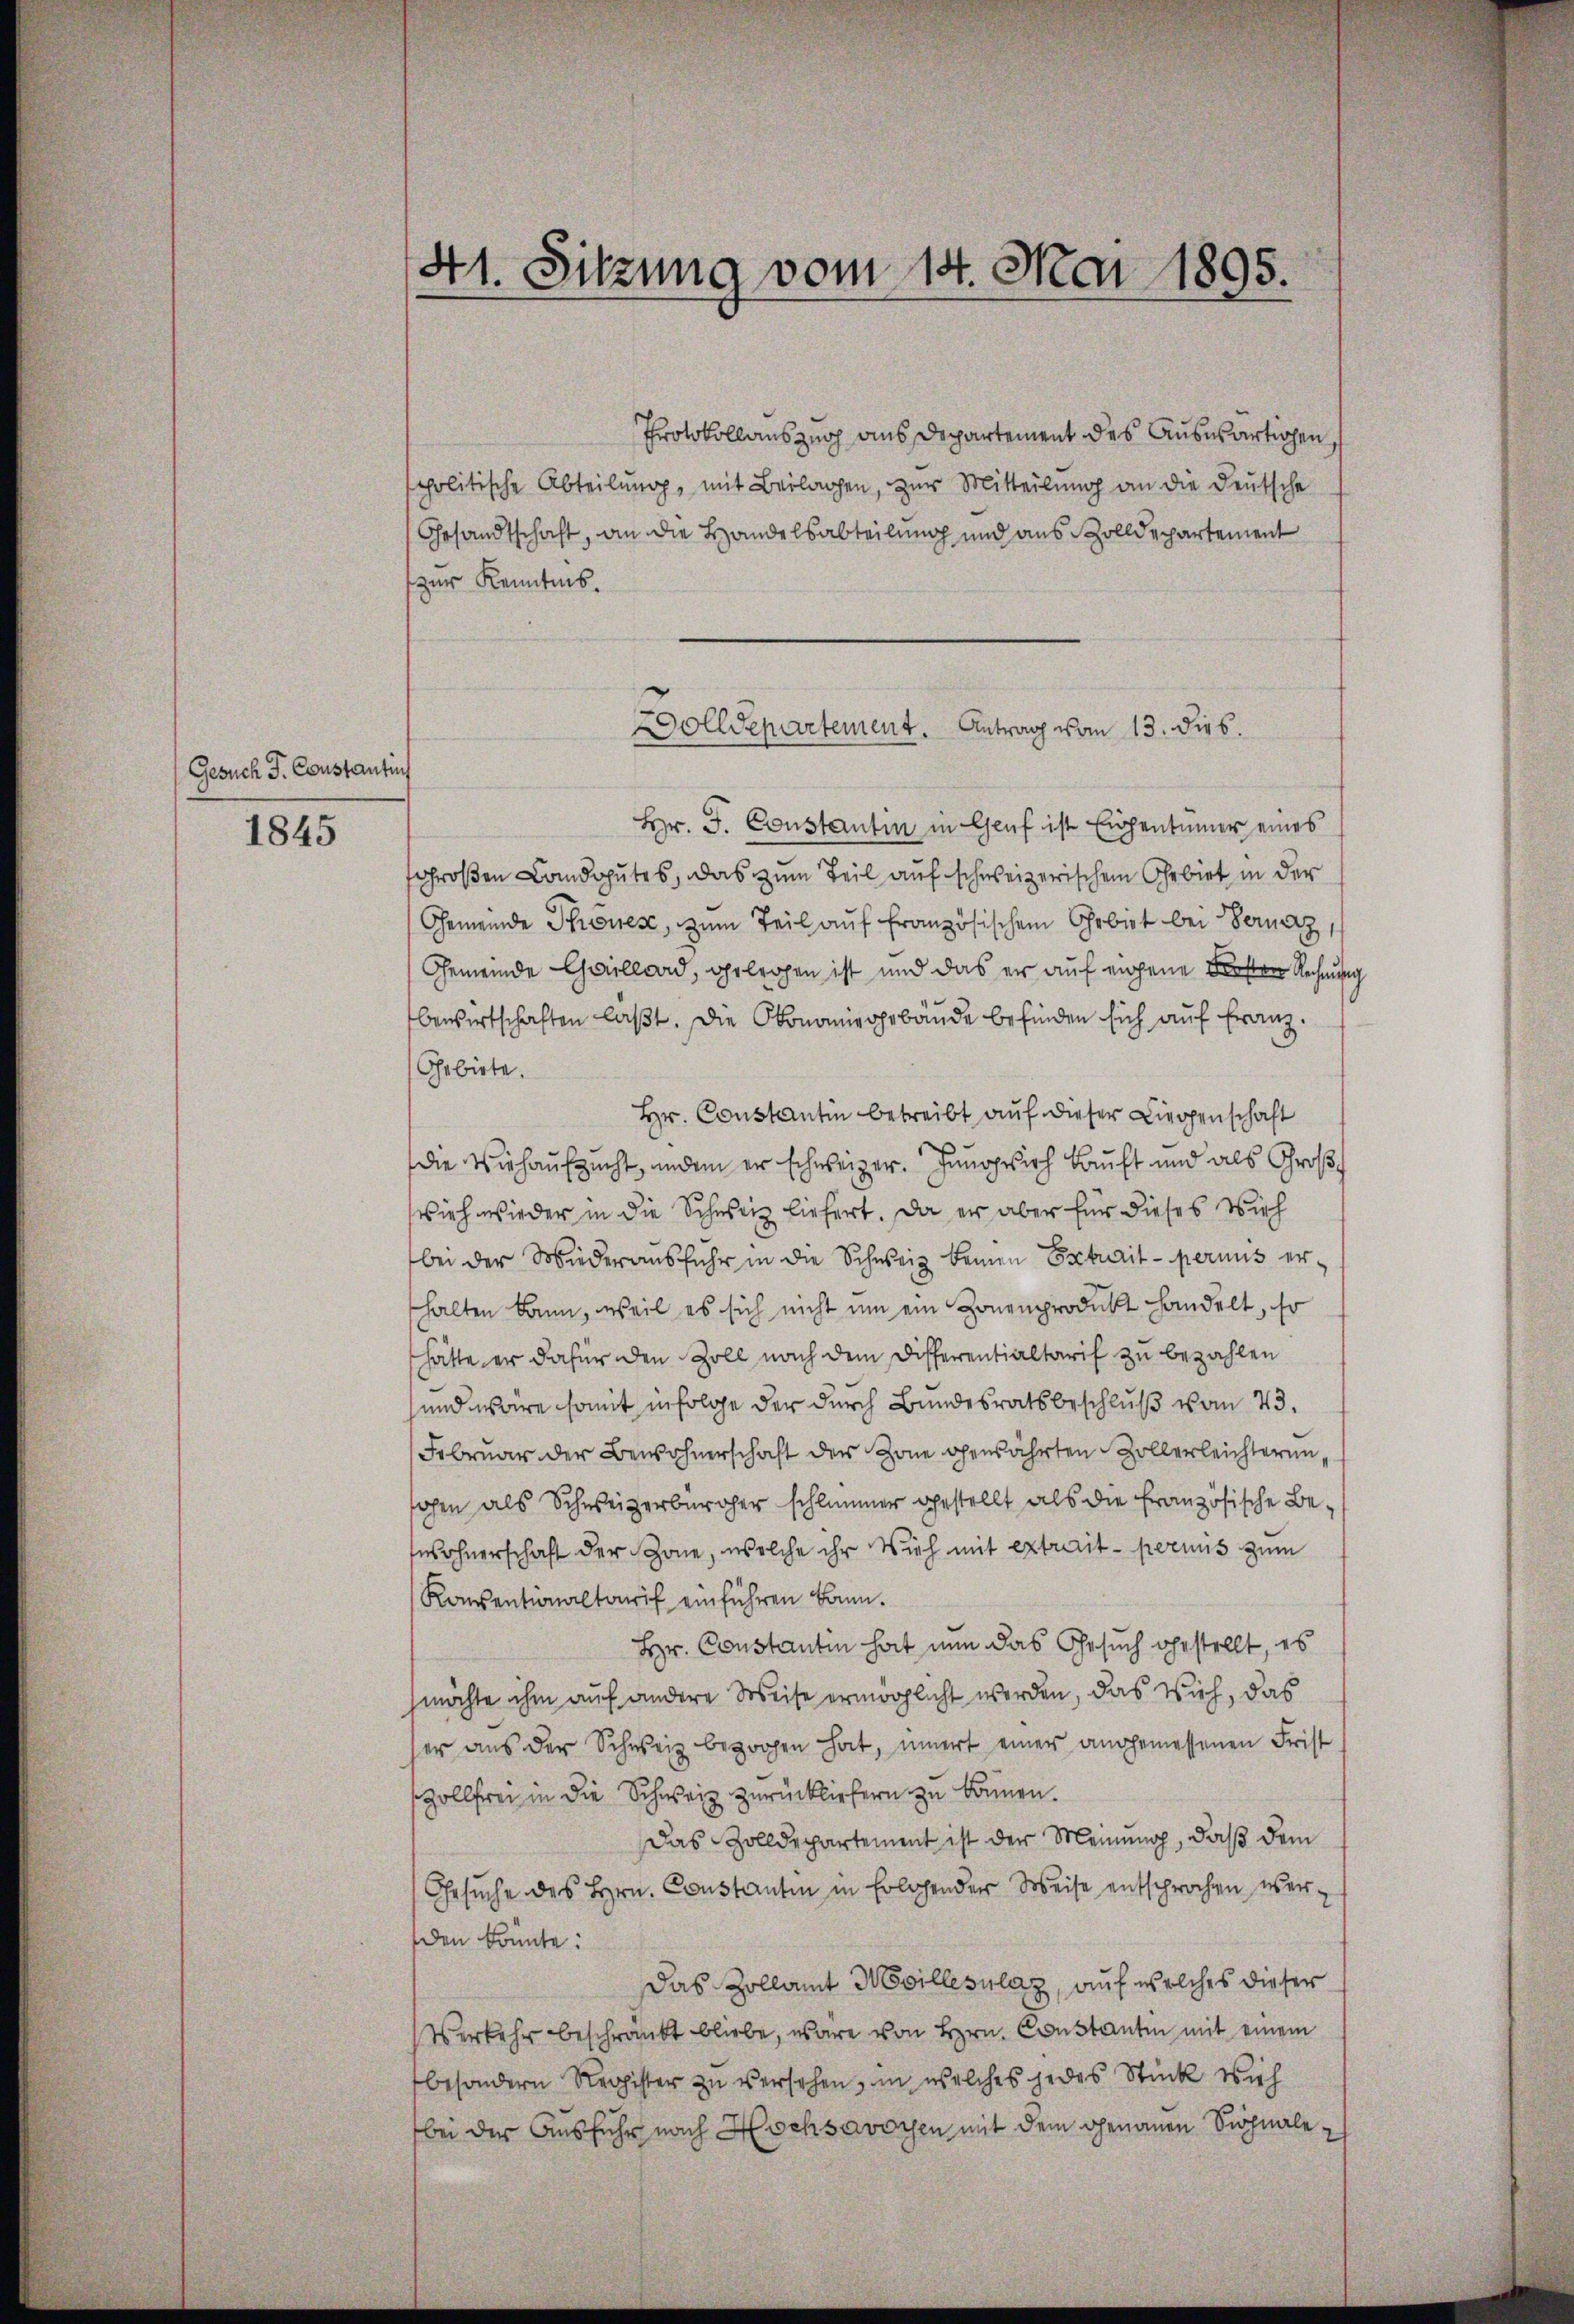
Gesuch G. Constantins

1845

41. Sitzung vom 14. Mai 1895.

Protokollauszug aus Departement des Auswärtigen,
politische Abteilŭng, mit Beilagen, zur Mitteilung an die Deutsche
Gesandtschaft, an die Handelsabteilung und aus Zolldepartement
zur Kenntnis.
Hr. J. Constantin in Genf ist Eigentümer eines
sgroßen Landgutes, das zum Teil auf schweizerischem Gebiet in der
Gemeinde Thrones, zum Teil auf französischen Gebiet bei Verarz
Gemeinde Collard, gelegen ist und das er auf eigene Forsten Rechnung
bewirtschaften laßt. Die Ökonomiegebäude befinden sich auf Franz.
Gebiete.
Hr. Constantin betreibt auf dieser Liegenschaft
die Wiehauszucht, indem er schweizer. Jungesich kauft und als Großvieh wieder in die Schweiz liefert. Da er aber für dieses Vieh
bei der Wiederausfuhr in die Schweiz keinen Extrait permus erhalten kann, weil es sich nicht um ein Zonenprodukt handelt, so
hätte er dafür den Zoll nach dem Disserentialtarif zu bezahlen
und wäre somit infolge der durch Bundesratsbeschluß vom 23.
Februar der Bewohnerschaft der Zone gewährten Zollerleichterunohen als Schweizerbürger schlimmer gestellt als die Französische Bewohnerschaft der Zone, welche ihr Vieh mit extrait permis zum
Konsentionaltarif einführen kann.
Hr. Constantin hat nun das Gesuch gestellt, es
möchte ihm auf andere Weise ermöglicht werden, das Vieh, das
her aus der Schweiz bezogen hat, innert einer angemessenen Frist
Zollfrei in die Schweiz zurückliefern zu können.
Das Zolldepartement ist der Meinung, daß dem
Gesuche des Hrn. Constanten in Erlehender Weise entsprochen werden könnte:
Das Zollamt Meillesalaz, auf welches dieser
Verkehr beschränkt bliebe, wäre von Hrn. Constantin mit einem
besondern Register zu versehen, in welches jedes Stück Vieh
bei der Ausfuhr nach Hochsavoyen mit dem genauen Sichnale

Dolldepartement. Antrag vom 13. dies.